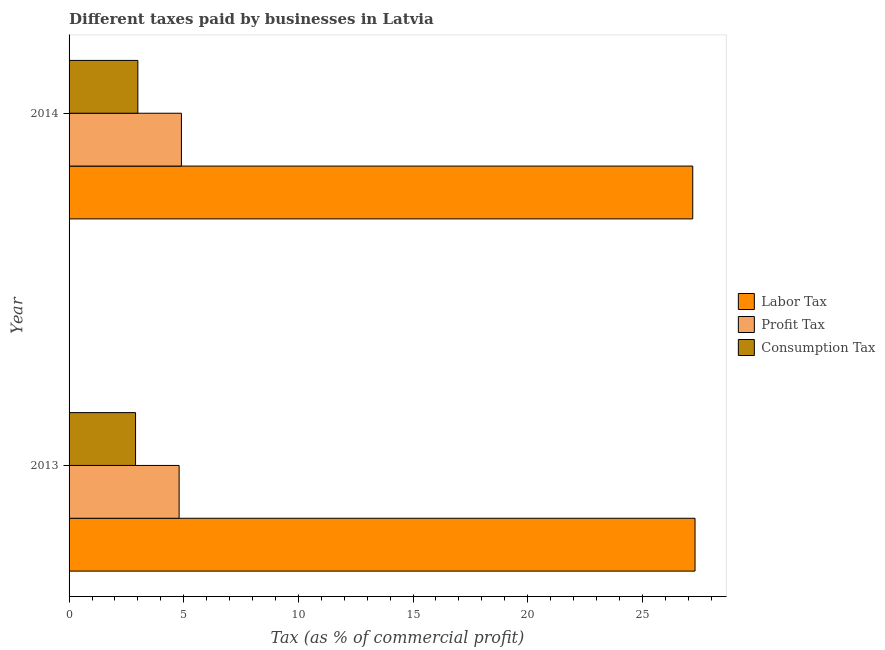
| Year | Labor Tax | Profit Tax | Consumption Tax |
 | --- | --- | --- | --- |
 | 2013 | 27.3 | 4.8 | 2.9 |
 | 2014 | 27.2 | 4.9 | 3 |